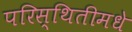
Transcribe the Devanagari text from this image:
परिस्थितीमधे